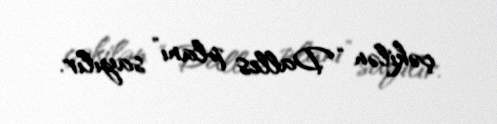
çəkilən “Dalles planı” sayılır.